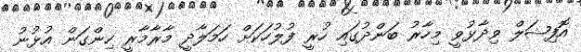
އޮފިޝަލް ވިދާޅުވީ މިހާރު ބަންދުގައި ހުރީ ފުލުހަކަށް ހަމަލާދީ މާރާމާރީ ހިންގަން އުޅުނު